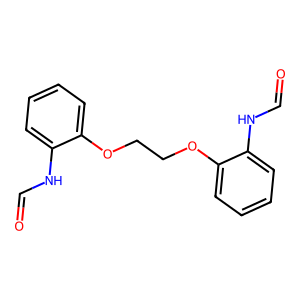
SMILES: O=CNc1ccccc1OCCOc1ccccc1NC=O
Inhibits HIV replication: No